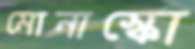
মোনাস্কো